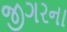
જીગરના